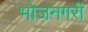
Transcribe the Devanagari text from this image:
भोजनगरी